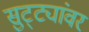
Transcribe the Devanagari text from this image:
सुट्ट्यांवर